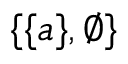
\{ \{ a \} , \emptyset \}